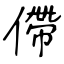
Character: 僀